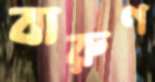
বারুণ